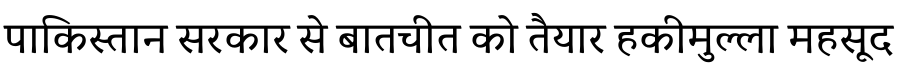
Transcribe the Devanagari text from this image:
पाकिस्तान सरकार से बातचीत को तैयार हकीमुल्ला महसूद